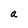
Character: a